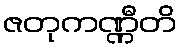
ဇတုကဏ္ဏီတိ